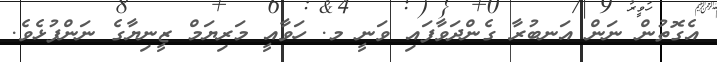
އެގޮތުން ނަން އަނބުރާ ގެންދަވާފައި ވަނީ މ. ހަވާއީ މަރިޔަމް ޒީނިޔާގެ ނަންފުޅެވެ.